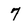
Character: 7